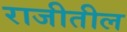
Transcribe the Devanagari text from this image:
राजीतील